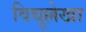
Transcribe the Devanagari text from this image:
विद्युल्लेखा